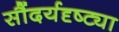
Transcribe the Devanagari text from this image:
सौंदर्यदृष्ट्या